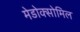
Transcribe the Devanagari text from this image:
मेडोक्सोमिल